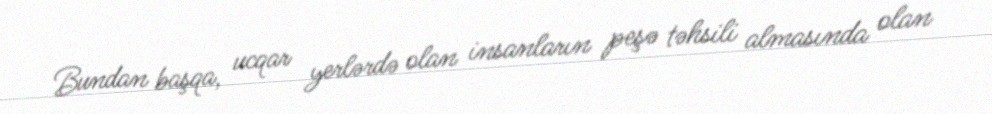
Bundan başqa, ucqar yerlərdə olan insanların peşə təhsili almasında olan